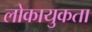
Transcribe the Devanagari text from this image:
लोकायुकता